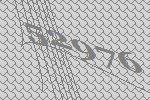
52976